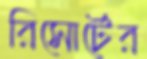
রিসোর্টের